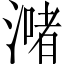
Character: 𣾻